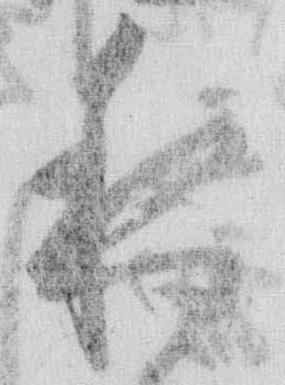
夜